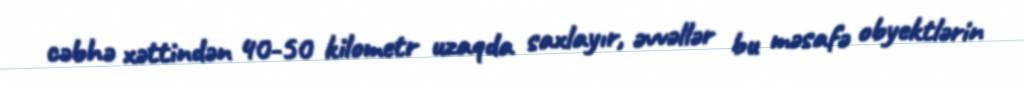
cəbhə xəttindən 40-50 kilometr uzaqda saxlayır, əvvəllər bu məsafə obyektlərin